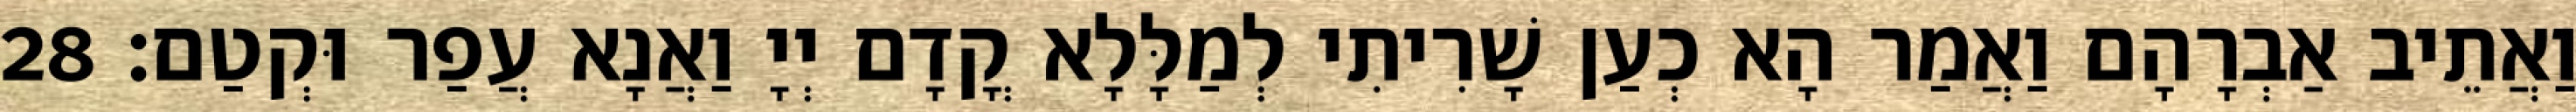
וַאֲתֵיב אַבְרָהָם וַאֲמַר הָא כְעַן שָׁרִיתִי לְמַלָּלָא קֳדָם יְיָ וַאֲנָא עֲפַר וּקְטַם׃ 28